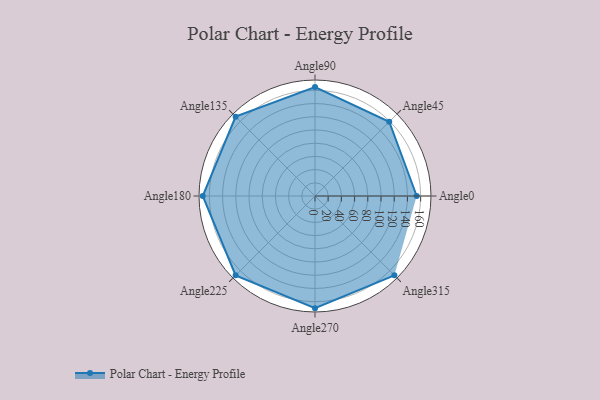
{"axis": {"x": "Angle", "y": "Radius"}, "legend": [""], "data": [{"x": "Angle0", "y": 154.0, "type": ""}, {"x": "Angle45", "y": 159.0, "type": ""}, {"x": "Angle90", "y": 165.0, "type": ""}, {"x": "Angle135", "y": 170, "type": ""}, {"x": "Angle180", "y": 170, "type": ""}, {"x": "Angle225", "y": 170, "type": ""}, {"x": "Angle270", "y": 170, "type": ""}, {"x": "Angle315", "y": 170, "type": ""}]}